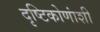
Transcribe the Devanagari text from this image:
दृष्टिकोणांशी